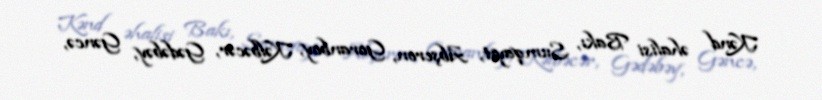
Kənd əhalisi Bakı, Sumqayıt, Abşeron, Goranboy, Kəlbəcər, Gədəbəy, Gəncə,